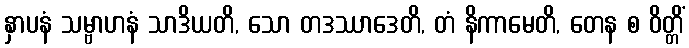
နှာပနံ သမ္ဗာဟနံ သာဒိယတိ, သော တဒဿာဒေတိ, တံ နိကာမေတိ, တေန စ ဝိတ္တိံ